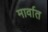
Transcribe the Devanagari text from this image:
मार्वात